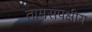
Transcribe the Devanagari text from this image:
तामसपक्षीय